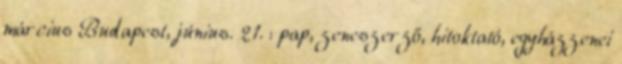
március Budapest, június. 21. : pap, zeneszerző, hitoktató, egyházzenei